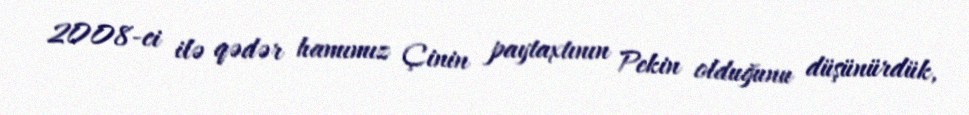
2008-ci ilə qədər hamımız Çinin paytaxtının Pekin olduğunu düşünürdük,